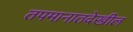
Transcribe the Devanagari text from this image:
तपमानातदेखील